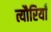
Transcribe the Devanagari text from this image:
त्यौरियाँ